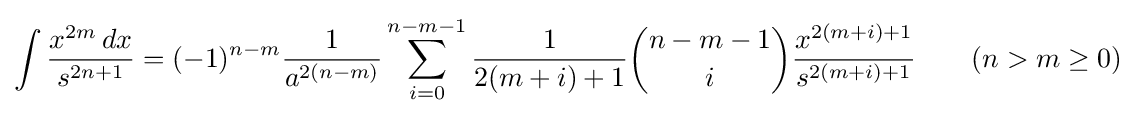
\int {\frac {x^{2m}\,dx}{s^{2n+1}}}=(-1)^{n-m}{\frac {1}{a^{2(n-m)}}}\sum _{i=0}^{n-m-1}{\frac {1}{2(m+i)+1}}{n-m-1 \choose i}{\frac {x^{2(m+i)+1}}{s^{2(m+i)+1}}}\qquad {\mbox{(}}n>m\geq 0{\mbox{)}}